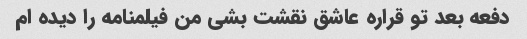
دفعه بعد تو قراره عاشق نقشت بشی من فیلمنامه را دیده ام